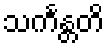
သင်္ကန္တတိ